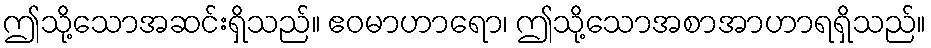
ဤသို့သောအဆင်းရှိသည်။ ဧဝမာဟာရော၊ ဤသို့သောအစာအာဟာရရှိသည်။